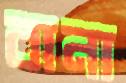
বানা